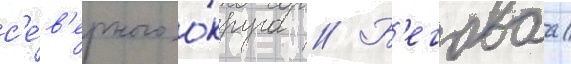
с'е́в'ерного о́круга // Б'еговаа/